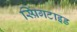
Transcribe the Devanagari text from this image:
स्प्रिंगटाइड